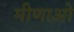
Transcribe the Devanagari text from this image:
मीणाओ